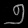
Digit: ၅